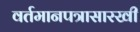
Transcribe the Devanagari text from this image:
वर्तमानपत्रासारखी